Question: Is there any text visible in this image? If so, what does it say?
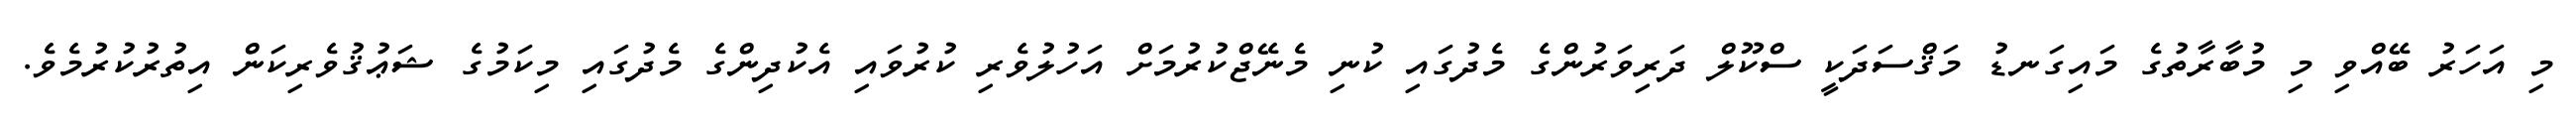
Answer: މި އަހަރު ބޭއްވި މި މުބާރާތުގެ މައިގަނޑު މަޤްސަދަކީ ސްކޫލް ދަރިވަރުންގެ މެދުގައި ކުނި މެނޭޖްކުރުމަށް އަހުލުވެރި ކުރުވައި އެކުދިންގެ މެދުގައި މިކަމުގެ ޝަޢުޤުވެރިކަން އިތުރުކުރުމެވެ.